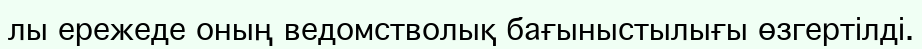
лы ережеде оның ведомстволық бағыныстылығы өзгертілді.